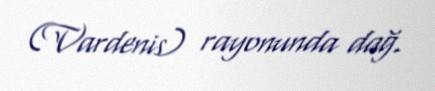
(Vardenis) rayonunda dağ.